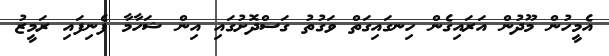
އެމީހުން މޫދުން އަރައިގެން ހިނގައިގަތް ވަގުތު ގަސްދޮށުގައި އިން ޝަހާމާ ފެނިފައި ރަމީޒު